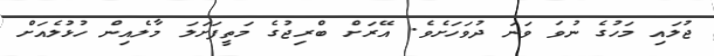
ޖުލައި މަހުގެ ނުވަ ވަނަ ދުވަހަށެވެ. އޭރަށް ބްރިޖުގެ މަތީފަށަލަ މާލެއިން ހުޅުލެއަށް